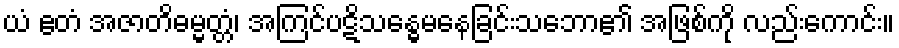
ယံ ဧတံ အဇာတိဓမ္မတ္တံ၊ အကြင်ပဋိသန္ဓေမနေခြင်းသဘော၏ အဖြစ်ကို လည်းကောင်း။